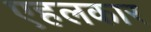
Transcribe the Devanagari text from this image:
एहलकार